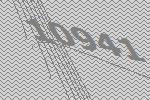
10941